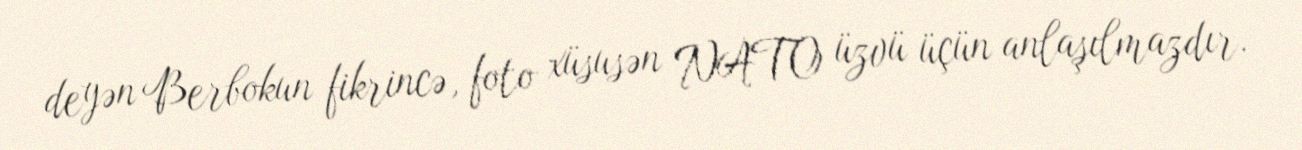
deyən Berbokun fikrincə, foto xüsusən NATO üzvü üçün anlaşılmazdır.